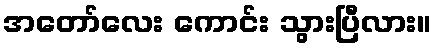
အတော်လေး ကောင်း သွားပြီလား။